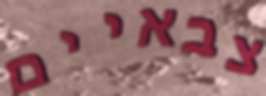
צבאיים